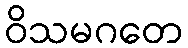
ဝိသမဂတေ